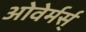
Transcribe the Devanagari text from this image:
ओवेर्मर्स्